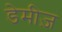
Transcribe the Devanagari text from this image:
डेमीज़